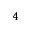
^ 4